Annual administration report of the Civil Veterinary Department, Ajmere-Merwara, British Rajputana - 1914-1940
Year: 1914
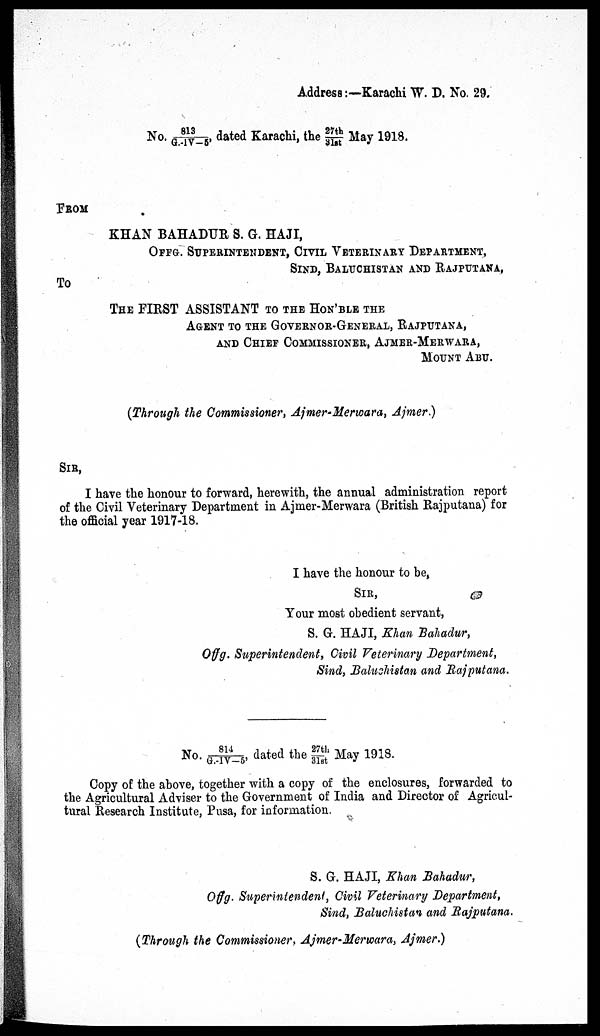
Address:—Karachi W. D. No. 29.
No. 813/G.-IV-5, dated Karachi, the 27th/31st May 1918.
FROM
KHAN BAHADUR S. G. HAJI,
OFFG. SUPRINTENDENT, CIVIL VETERINARY DEPARTMENT,
SIND, BALUCHISTAN AND RAJPUTANA,
To
THE FIRST ASSISTANT TO THE HON'BLE THE
AGENT TO THE GOVERNOR-GENERAL, RAJPUTANA,
AND CHIEF COMMISSIONER, AJMER-MERWARA,
MOUNT ABU.
(Through the Commissioner, Ajmer-Merwara, Ajmer.)
SIR,
I have the honour to forward, herewith, the annual administration report
of the Civil Veterinary Department in Ajmer-Merwara (British Rajputana) for
the official year 1917-18.
I have the honour to be,
SIR,
Your most obedient servant,
S. G. HAJI, Khan Bahadur,
Offg. Superintendent, Civil Veterinary Department,
Sind, Baluchistan and Rajputana.
No. 814/G.-IV-5, dated the 27th/31st May 1918.
Copy of the above, together with a copy of the enclosures, forwarded to
the Agricultural Adviser to the Government of India and Director of Agricul-
tural Research Institute, Pusa, for information.
S. G. HAJI, Khan Bahadur,
Offg. Superintendent, Civil Veterinary Department,
Sind, Baluchistan and Rajputana.
(Through the Commissioner, Ajmer-Merwara, Ajmer.)